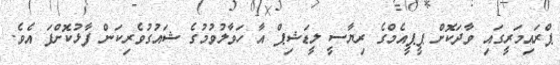
ޕްރައިމަރީގައި ވާދަކޮށް ޕީޕީއެމްގެ ރިޔާސީ ލީޑަޝިޕް އާ ހަވާލުވުމުގެ ޝައުގުވެރިކަން ފާޅުކޮށްފަ އެވެ.